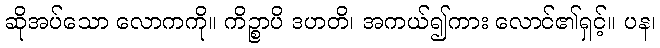
ဆိုအပ်သော လောကကို။ ကိဉ္စာပိ ဒဟတိ၊ အကယ်၍ကား လောင်၏ရှင့်။ ပန၊